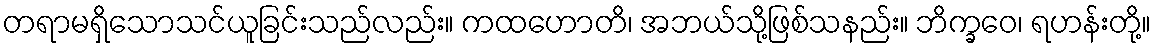
တရာမရှိသောသင်ယူခြင်းသည်လည်း။ ကထဟောတိ၊ အဘယ်သို့ဖြစ်သနည်း။ ဘိက္ခဝေ၊ ရဟန်းတို့။